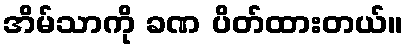
အိမ်သာကို ခဏ ပိတ်ထားတယ်။